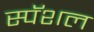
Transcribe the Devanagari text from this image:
स्पॅशल